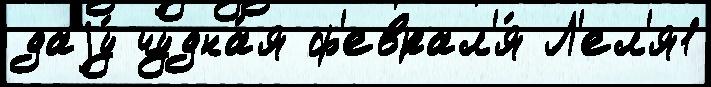
даjу́ чудна́я ф'еврал'я́ Л'ел'я1